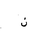
Letter: _non